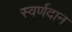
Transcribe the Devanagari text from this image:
स्वर्णदान